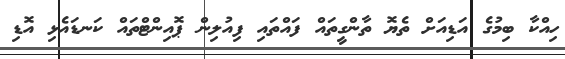
ހިއްކާ ބިމުގެ އަޑިއަށް ތެޔޮ ތާންގީތައް ފައްތައި ފިއުލިން ޕޮއިންޓްތައް ކަނޑައެޅި އޮޑި